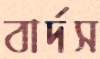
বার্দস